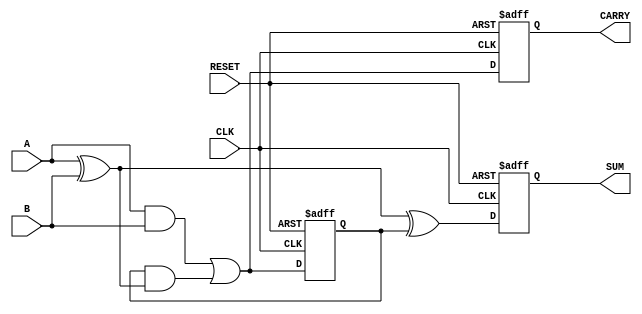
module SequentialHalfAdder (
    input wire A,          // First operand
    input wire B,          // Second operand
    input wire CLK,        // Clock signal
    input wire RESET,      // Active high reset
    output reg SUM,        // Sum output
    output reg CARRY       // Carry output
);

// Internal carry state
reg CARRY_REG;

// Always block for synchronous logic
always @(posedge CLK or posedge RESET) begin
    if (RESET) begin
        // Reset the internal state
        SUM <= 1'b0;
        CARRY <= 1'b0;
        CARRY_REG <= 1'b0;
    end else begin
        // Calculate the SUM and CARRY
        SUM <= A ^ B ^ CARRY_REG; // Sum computation
        CARRY <= (A & B) | (CARRY_REG & (A ^ B)); // Carry computation
        CARRY_REG <= (A & B) | (CARRY_REG & (A ^ B)); // Update internal carry state
    end
end

endmodule